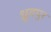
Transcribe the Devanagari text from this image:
ध्रुवपुर